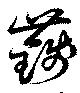
籛